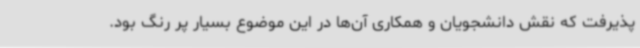
پذیرفت که نقش دانشجویان و همکاری آن‌ها در این موضوع بسیار پر رنگ بود.